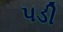
પડી